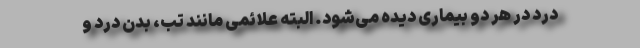
درد در هر دو بیماری دیده می‌شود. البته علائمی مانند تب، بدن درد و